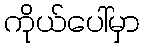
ကိုယ်ပေါ်မှာ